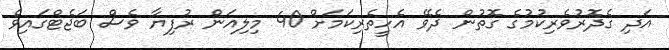
އަދި ގެދޮރުވެރިކުމުގެ ގޮތުން ދެވޭ އެހީތެރިކަމަށް 40 މިލިއަން ރުފިޔާ ވެސް ބަޖެޓްގައިވެ